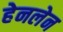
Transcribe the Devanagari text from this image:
हेनलेन